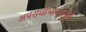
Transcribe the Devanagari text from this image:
अपराधीभावनेमुळे